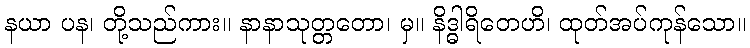
နယာ ပန၊ တို့သည်ကား။ နာနာသုတ္တတော၊ မှ။ နိဒ္ဓါရိတေဟိ၊ ထုတ်အပ်ကုန်သော။